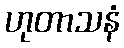
ဟုတာသနံ